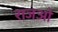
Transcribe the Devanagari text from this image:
राजओ